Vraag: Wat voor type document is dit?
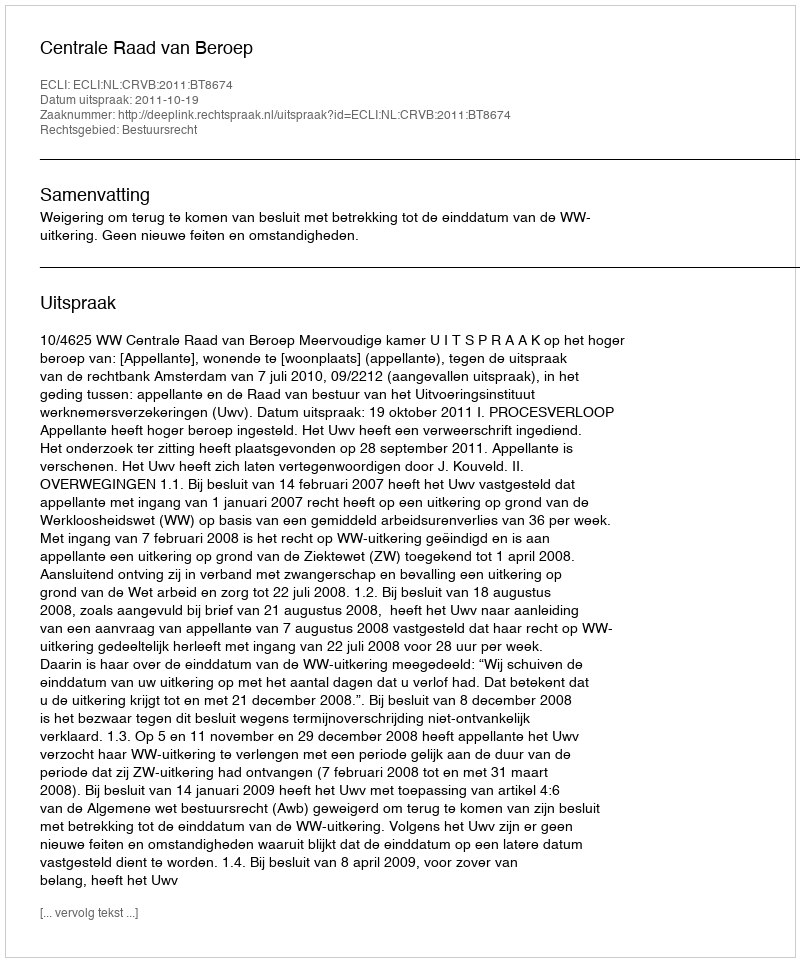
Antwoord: Uitspraak